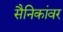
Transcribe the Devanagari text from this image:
सैनिकांवर